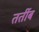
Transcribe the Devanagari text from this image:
तर्तीब